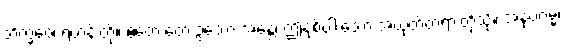
ဘိက္ခဝေ၊ ရဟန်းတို့။ ဧတေ တေ ဥဘော အန္တေ၊ ဤနှစ်ပါးသော အယုတ်တရားတို့သို့။ အနုပဂမ္မ၊